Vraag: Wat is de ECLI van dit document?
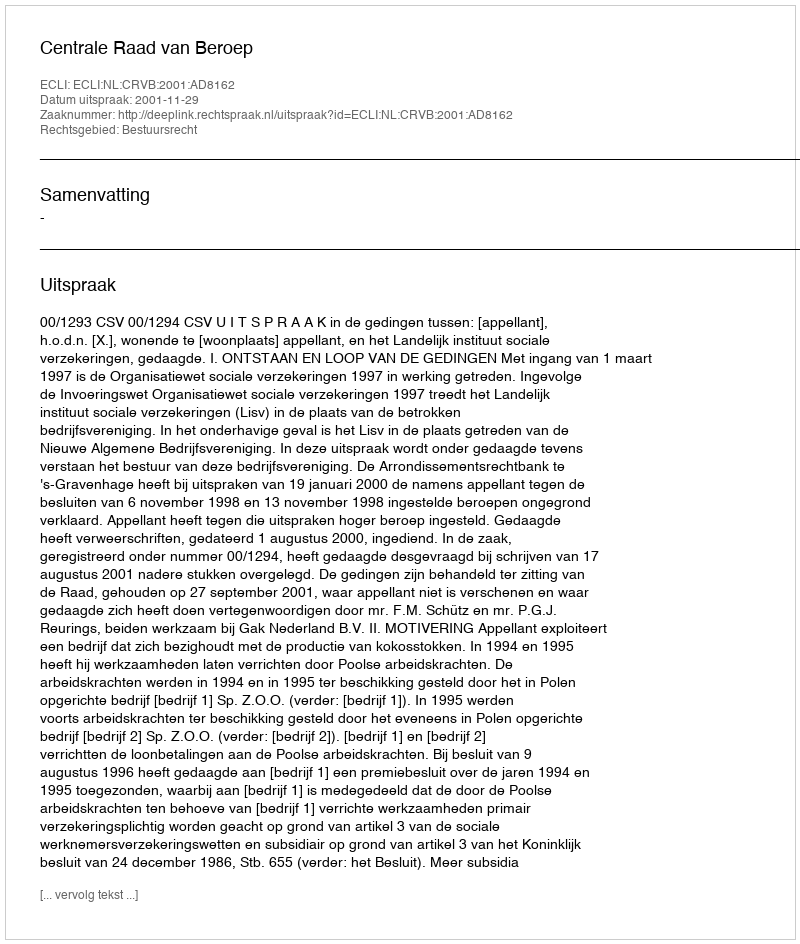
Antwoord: ECLI:NL:CRVB:2001:AD8162